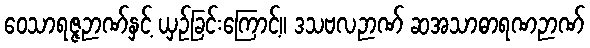
ဝေသာရဇ္ဇဉာဏ်နှင့် ယှဉ်ခြင်းကြောင့်။ ဒသဗလဉာဏ် ဆအသာဓာရဏဉာဏ်